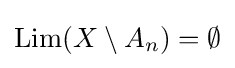
\mathop {\mathrm {Lim} } (X\setminus A_{n})=\emptyset